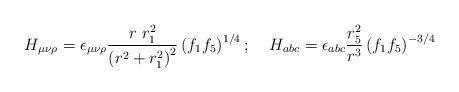
LaTeX: \begin{align*}H_{\mu\nu\rho}= \epsilon_{\mu\nu\rho}\frac{r~r_1^2}{\left(r^2 + r_1^2\right)^2}\left(f_1f_5\right)^{1/4};\;\;\;\; H_{abc}= \epsilon_{abc}\frac{r_5^2}{r^3}\left(f_1f_5\right)^{-3/4} \end{align*}